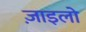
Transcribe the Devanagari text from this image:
ज़ाइलो